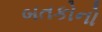
બતકોનો